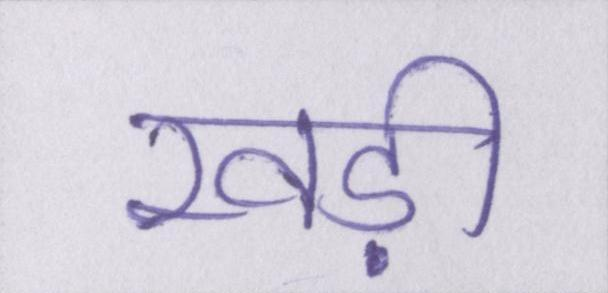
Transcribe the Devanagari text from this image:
खड़ी